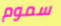
سموم